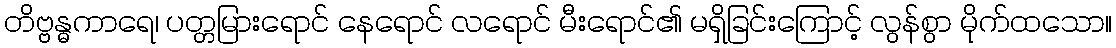
တိဗ္ဗန္ဓကာရေ၊ ပတ္တမြားရောင် နေရောင် လရောင် မီးရောင်၏ မရှိခြင်းကြောင့် လွန်စွာ မိုက်ထသော။